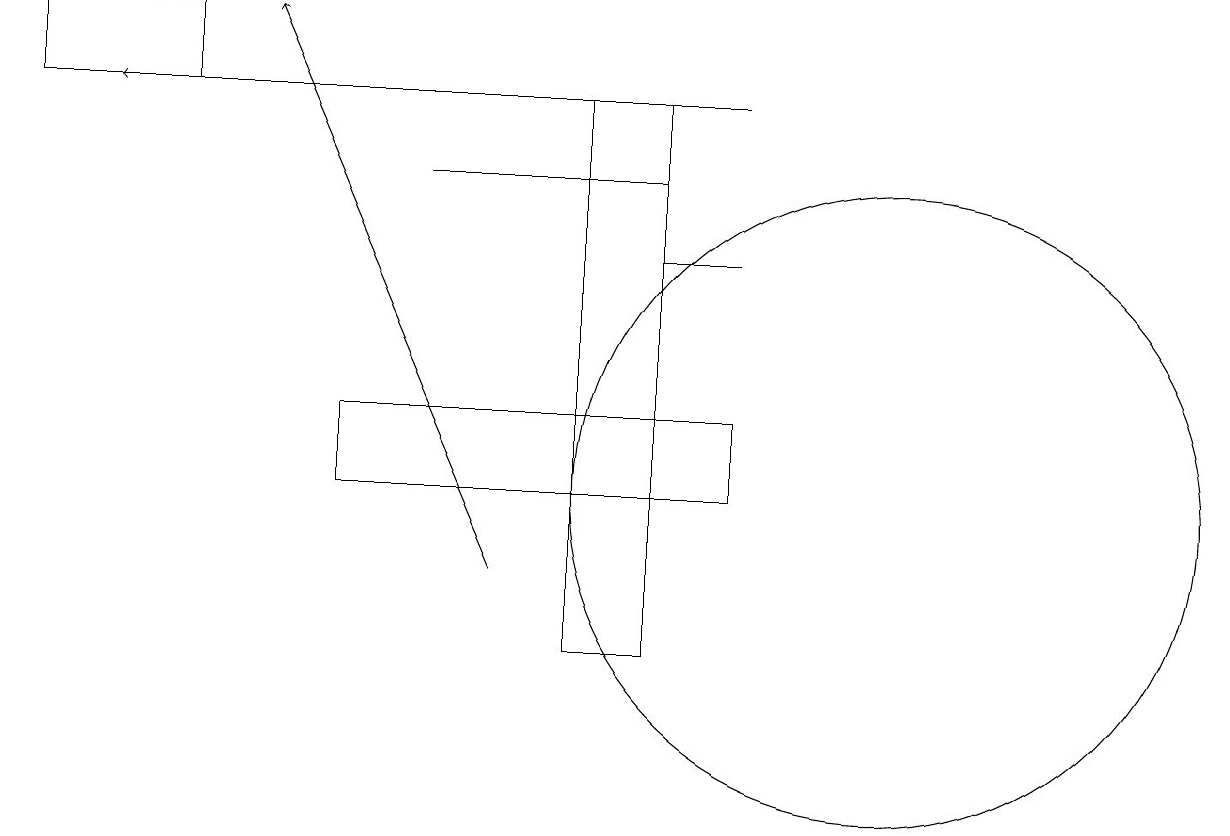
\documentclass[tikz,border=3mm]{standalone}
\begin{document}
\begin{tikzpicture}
\draw (0,17) rectangle (2,18);
\draw (9,15) rectangle (8,15);
\draw (4,12) rectangle (9,13);
\draw (11,12) circle (4);
\draw[->] (6,11) -- (3,18);
\draw (7,17) rectangle (8,10);
\draw (8,16) rectangle (5,16);
\draw[->] (9,17) -- (1,17);
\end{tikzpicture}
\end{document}